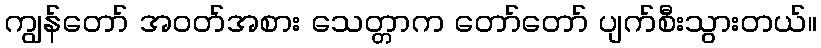
ကျွန်တော် အဝတ်အစား သေတ္တာက တော်တော် ပျက်စီးသွားတယ်။